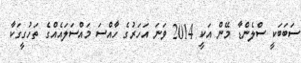
ސަބަބަކީ ސްލެންޑާ މޭން އަކީ 2014 ވަނަ އަހަރުގެ ހާއްސަ މައްސަލައެއްގެ ތަހުގީގަކާ